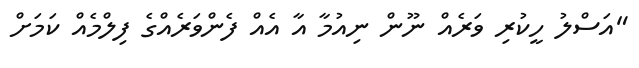
"އަސްލު ހީކުރި ވަރެއް ނޫން ނިއުމާ އާ އެއް ފެންވަރެއްގެ ފިލްމެއް ކަމަށް